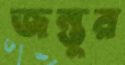
জন্তুর